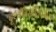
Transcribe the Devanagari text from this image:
दृश्यविस्मृतिपर्यन्तं